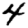
Digit: 4